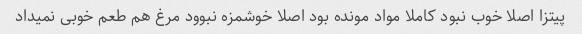
پیتزا اصلا خوب نبود کاملا مواد مونده بود اصلا خوشمزه نبوود مرغ هم طعم خوبی نمیداد